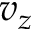
v _ { z }